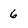
Character: 6